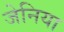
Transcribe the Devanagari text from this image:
जेनिया